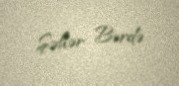
Şəhər Bərdə